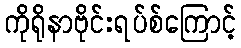
ကိုရိုနာဗိုင်းရပ်စ်ကြောင့်